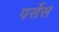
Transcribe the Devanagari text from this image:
पर्सेस